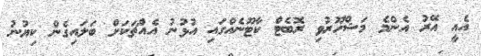
އެއީ އޭރު އެންމެ މަޝްހޫރުވި ރޮބެޓް ކާޓޫނެއްގައި އުޅުނު އެއްޗަކަށް ބަލައިގެން ކިޔުނު